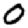
Digit: 0